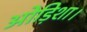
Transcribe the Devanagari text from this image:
ओड़िशा।